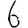
Digit: 6